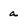
Character: a